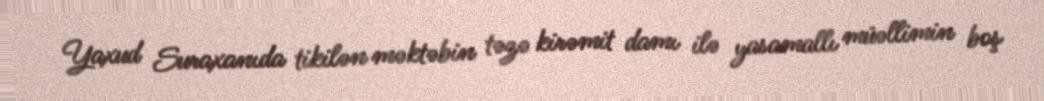
Yaxud Suraxanıda tikilən məktəbin təzə kirəmit damı ilə yasamallı müəllimin boş